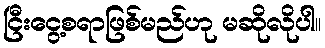
ငြီးငွေ့စရာဖြစ်မည်ဟု မဆိုလိုပါ။